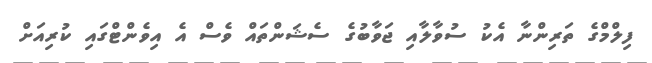
ފިލްމްގެ ތަރިންނާ އެކު ސުވާލާއި ޖަވާބުގެ ސެޝަންތައް ވެސް އެ އިވެންޓްގައި ކުރިއަށް